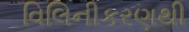
વિલિનીકરણથી